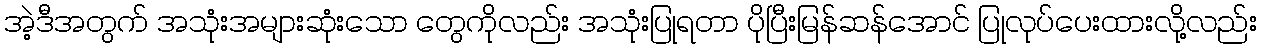
အဲ့ဒီအတွက် အသုံးအများဆုံးသော တွေကိုလည်း အသုံးပြုရတာ ပိုပြီးမြန်ဆန်အောင် ပြုလုပ်ပေးထားလို့လည်း